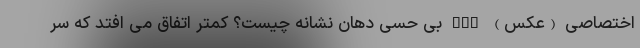
اختصاصی (عکس) nan بی حسی دهان نشانه چیست؟ کمتر اتفاق می افتد که سِر